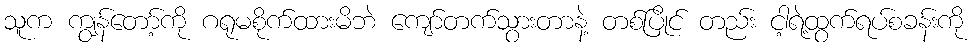
သူက ကျွန်တော့်ကို ဂရုမစိုက်ထားမိဘဲ ကျော်တက်သွားတာနဲ့ တစ်ပြိုင် တည်း ငါ့ရဲ့ထွက်ရပ်စခန်းကို